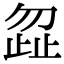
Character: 𭭩